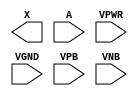
module sky130_fd_sc_lp__dlygate4s50 (
    X   ,
    A   ,
    VPWR,
    VGND,
    VPB ,
    VNB
);

    output X   ;
    input  A   ;
    input  VPWR;
    input  VGND;
    input  VPB ;
    input  VNB ;
endmodule